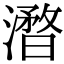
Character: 𣿥